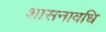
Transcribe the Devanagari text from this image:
शासनावधि